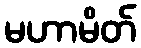
မဟာမိတ်